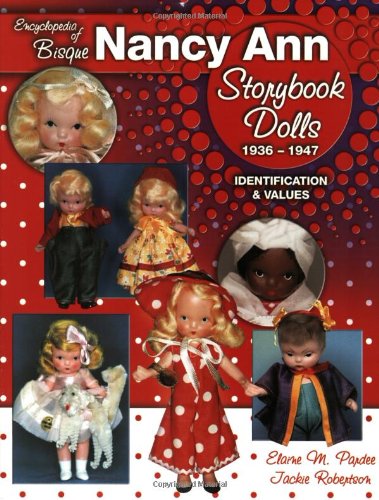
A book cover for Encyclopedia of Bisque Nancy Ann Storybook Dolls, 1936-1947: Identification & Values; Elaine Pardee; Crafts, Hobbies & Home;